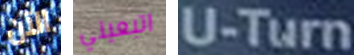
الآن اتبعيني U-Turn